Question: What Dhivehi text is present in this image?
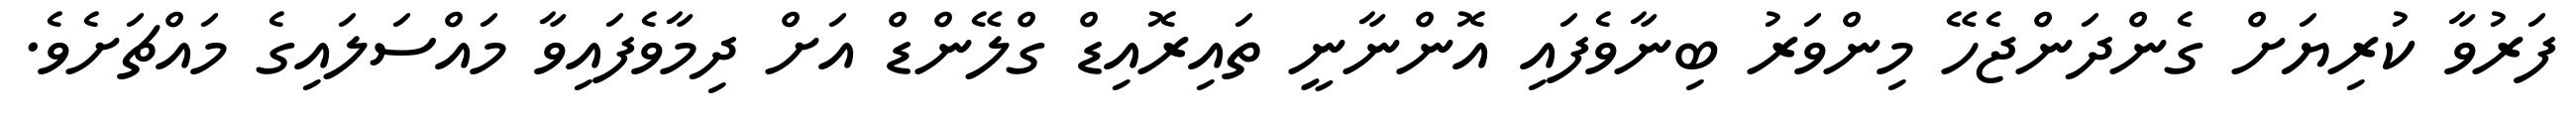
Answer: ފަރުވާ ކުރިޔަށް ގެންދަންޖެހޭ މިންވަރު ބިނާވެފައި އޮންނާނީ ތައިރޮއިޑް ގްލޭންޑް އަށް ދިމާވެފައިވާ މައްސަލައިގެ މައްޗަށެވެ.